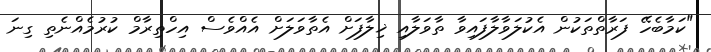
"ކަމާބެހޭ ފަރާތްތަކުން އެކުލަވާލާފައިވާ ތާވަލާއި ޚިލާފަށް އެތާވަލަށް އެއްވެސް އިހްތިރާމް ކުރުމެއްނެތި ގިނަ